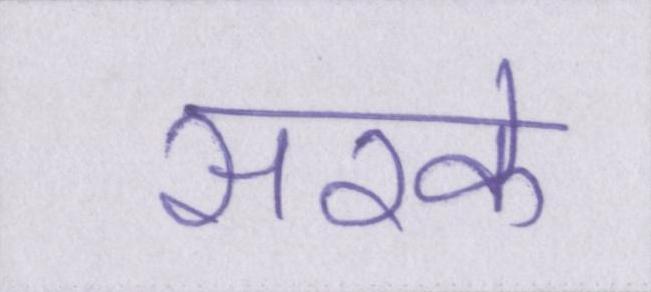
सरके